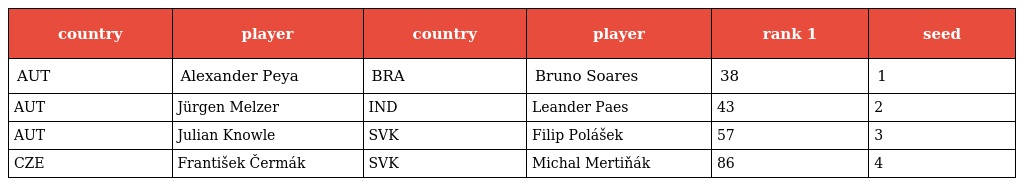
| country | player | country | player | rank 1 | seed |
 | --- | --- | --- | --- | --- | --- |
 | AUT | Alexander Peya | BRA | Bruno Soares | 38 | 1 |
 | AUT | Jürgen Melzer | IND | Leander Paes | 43 | 2 |
 | AUT | Julian Knowle | SVK | Filip Polášek | 57 | 3 |
 | CZE | František Čermák | SVK | Michal Mertiňák | 86 | 4 |